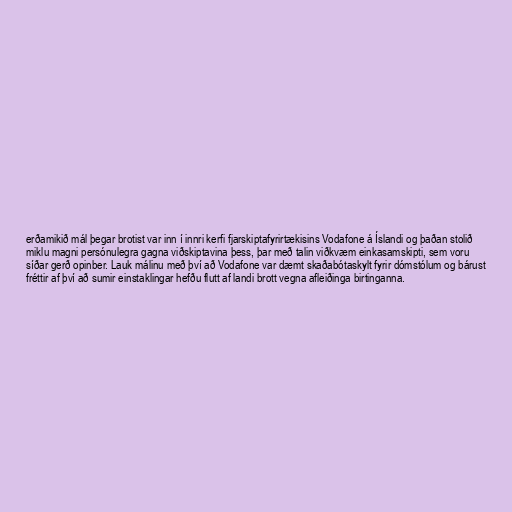
erðamikið mál þegar brotist var inn í innri kerfi fjarskiptafyrirtækisins Vodafone á Íslandi og þaðan stolið
miklu magni persónulegra gagna viðskiptavina þess, þar með talin viðkvæm einkasamskipti, sem voru
síðar gerð opinber. Lauk málinu með því að Vodafone var dæmt skaðabótaskylt fyrir dómstólum og bárust
fréttir af því að sumir einstaklingar hefðu flutt af landi brott vegna afleiðinga birtinganna.